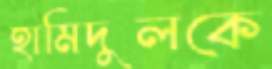
হামিদুলকে